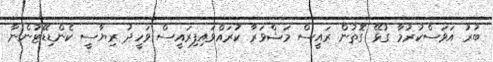
ބުރު އަވަސްކުރުމާ ގުޅޭ ގޮތުން ރައީސް މަޝްވަރާ ކުރައްވައިފިރައީސް ވަހީދު ރިޔާސީ ކެންޑިޑޭޓުންނާ